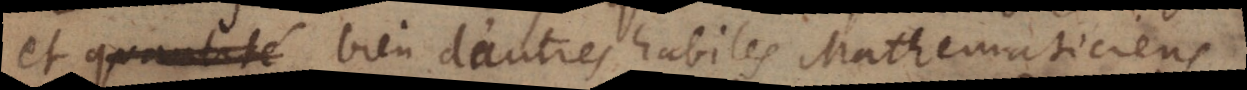
et quantité bien d’autres habiles Mathem